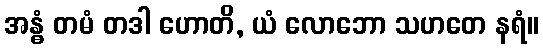
အန္ဓံ တမံ တဒါ ဟောတိ, ယံ လောဘော သဟတေ နရံ။